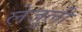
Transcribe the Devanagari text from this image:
लेजुली